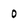
Character: 0